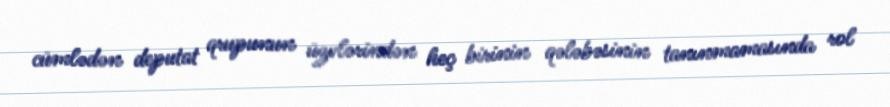
cümlədən deputat qrupunun üzvlərindən heç birinin qələbəsinin tanınmamasında rol